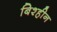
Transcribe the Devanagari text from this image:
बिश्हीन